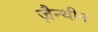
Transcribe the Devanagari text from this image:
ज़ैन्थीन